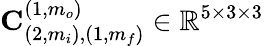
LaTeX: \mathbf{C}_{(2,m_{i}),(1,m_{f})}^{(1,m_{o})}\in\mathbb{R}^{5\times 3\times 3}